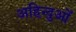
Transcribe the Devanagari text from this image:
अहिन्दुओं